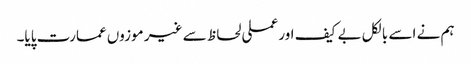
ہم نے اسے بالکل بے کیف اور عملی لحاظ سے غیر موزوں عمارت پایا۔